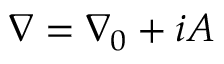
\nabla = \nabla _ { 0 } + i A